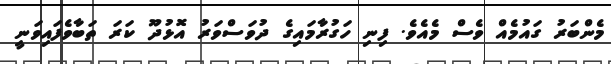
މެންބަރު ގައުމެއް ވެސް މެއެވެ. ފިނި ހަގުރާމައިގެ ދުވަސްވަރު އޮޅުދޫ ކަރަ ތަބާވެފައިވަނީ